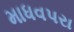
માધવપરા